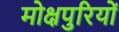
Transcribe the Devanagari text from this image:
मोक्षपुरियों